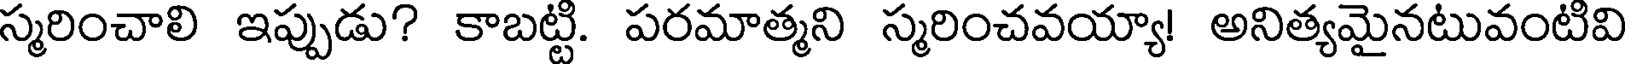
స్మరించాలి ఇప్పుడు? కాబట్టి. పరమాత్మని స్మరించవయ్యా! అనిత్యమైనటువంటివి